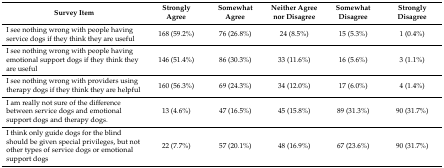
<table><thead><tr><td><b>Survey Item</b></td><td><b>Strongly Agree</b></td><td><b>Somewhat Agree</b></td><td><b>Neither Agree nor Disagree</b></td><td><b>Somewhat Disagree</b></td><td><b>Strongly Disagree</b></td></tr></thead><tbody><tr><td>I see nothing wrong with people having service dogs if they think they are useful</td><td>168 (59.2%)</td><td>76 (26.8%)</td><td>24 (8.5%)</td><td>15 (5.3%)</td><td>1 (0.4%)</td></tr><tr><td>I see nothing wrong with people having emotional support dogs if they think they are useful</td><td>146 (51.4%)</td><td>86 (30.3%)</td><td>33 (11.6%)</td><td>16 (5.6%)</td><td>3 (1.1%)</td></tr><tr><td>I see nothing wrong with providers using therapy dogs if they think they are helpful</td><td>160 (56.3%)</td><td>69 (24.3%)</td><td>34 (12.0%)</td><td>17 (6.0%)</td><td>4 (1.4%)</td></tr><tr><td>I am really not sure of the difference between service dogs and emotional support dogs and therapy dogs.</td><td>13 (4.6%)</td><td>47 (16.5%)</td><td>45 (15.8%)</td><td>89 (31.3%)</td><td>90 (31.7%)</td></tr><tr><td>I think only guide dogs for the blind should be given special privileges, but not other types of service dogs or emotional support dogs</td><td>22 (7.7%)</td><td>57 (20.1%)</td><td>48 (16.9%)</td><td>67 (23.6%)</td><td>90 (31.7%)</td></tr></tbody></table>